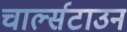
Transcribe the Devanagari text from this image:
चार्ल्सटाउन